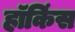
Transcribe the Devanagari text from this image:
हॉकिंस